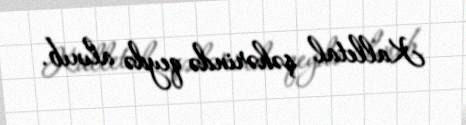
Kalletal şəhərində qeydə alınıb.